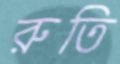
রুতি